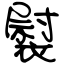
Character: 褽